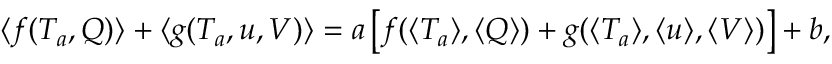
\langle f ( T _ { a } , Q ) \rangle + \langle g ( T _ { a } , u , V ) \rangle = a \left[ f ( \langle T _ { a } \rangle , \langle Q \rangle ) + g ( \langle T _ { a } \rangle , \langle u \rangle , \langle V \rangle ) \right] + b ,